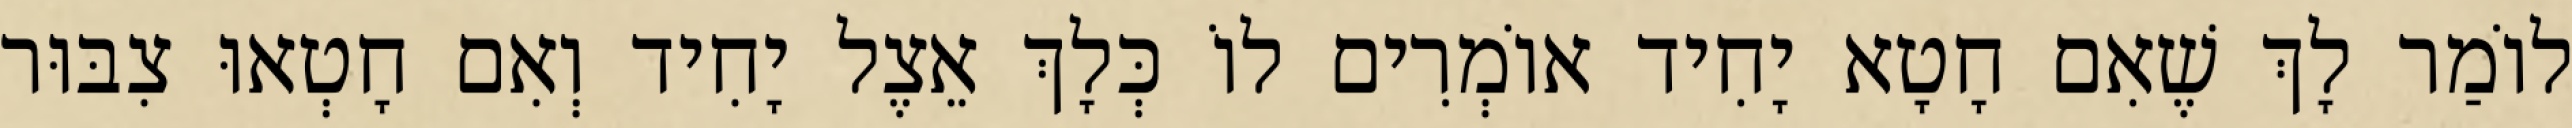
לוֹמַר לָךְ שֶׁאִם חָטָא יָחִיד אוֹמְרִים לוֹ כְּלָךְ אֵצֶל יָחִיד וְאִם חָטְאוּ צִבּוּר